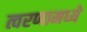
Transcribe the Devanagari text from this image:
त्वरणामध्ये